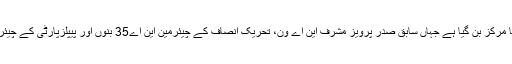
خیبرپختونخوا ہمیشہ کی طرح اس بار بھی ملکی سیاست میں توجہ کا مرکز بن گیا ہے جہاں سابق صدر پرویز مشرف این اے ون، تحریک انصاف کے چیئرمین این اے35 بنوں اور پیپلزپارٹی کے چیئرمین بلاول بھٹو زرداری نے این اے 8 ملاکنڈ سے الیکشن لڑیں گے۔